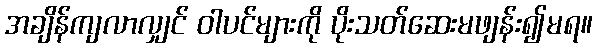
အချိန်ကျလာလျှင် ဝါပင်များကို ပိုးသတ်ဆေးမဖျန်း၍မရ။